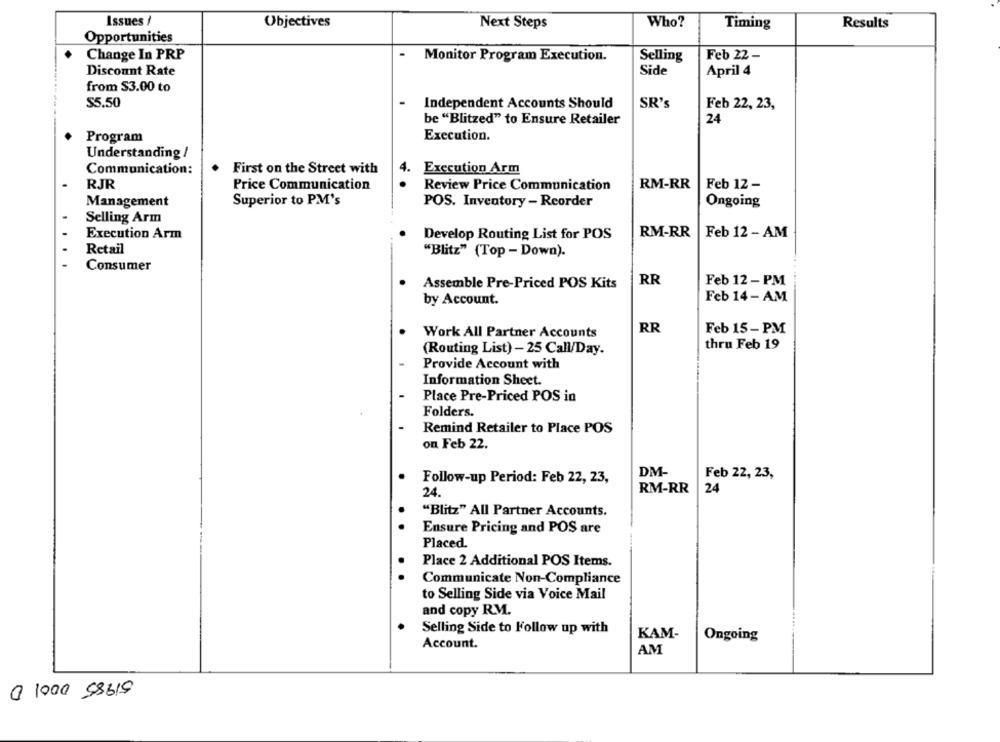
Issues /
Who?
Objectives
Next Steps
Timing
Results
Opportunities
Change In PRP
.
Monitor Program Execution.
Selling
Feb 22 -
Discount Rate
Side
April 4
from $3.00 to
$5.50
Independent Accounts Should
SR's
Feb 22, 23,
be "Blitzed" to Ensure Retailer
24
Program
Execution.
Understanding /
Communication:
First on the Street with
4.
Execution Arm
RJR
Price Communication
.
RM-RR
Review Price Communication
Feb 12 -
Management
Superior to PM's
POS. Inventory - Reorder
Ongoing
Selling Arm
Execution Arm
Develop Routing List for POS
RM-RR
Feb 12 - AM
Retail
"Blitz" (Top - Down).
Consumer
RR
Feb 12 - PM
Assemble Pre-Priced POS Kits
Feb 14- AM
by Account.
Work All Partner Accounts
RR
Feb 15 - PM
thru Feb 19
(Routing List) - 25 Call/Day.
Provide Account with
Information Sheet.
Place Pre-Priced POS in
Folders.
Remind Retailer to Place POS
on Feb 22.
DM-
Follow-up Period: Feb 22, 23,
Feb 22, 23,
RM-RR
24
24
"Blitz" All Partner Accounts.
Ensure Pricing and POS are
Placed.
Place 2 Additional POS Items.
.
Communicate Non-Compliance
to Selling Side via Voice Mail
and copy R.M.
Selling Side to Follow up with
KAM-
Ongoing
Account.
AM
51985 0001 0